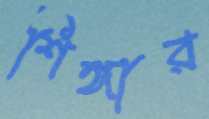
শিঙ্গার